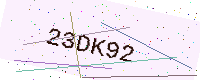
Text: 23DK92